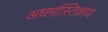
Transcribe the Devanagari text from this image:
अधर्मास्तिकाय